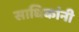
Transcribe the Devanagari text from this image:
साधिकांनी